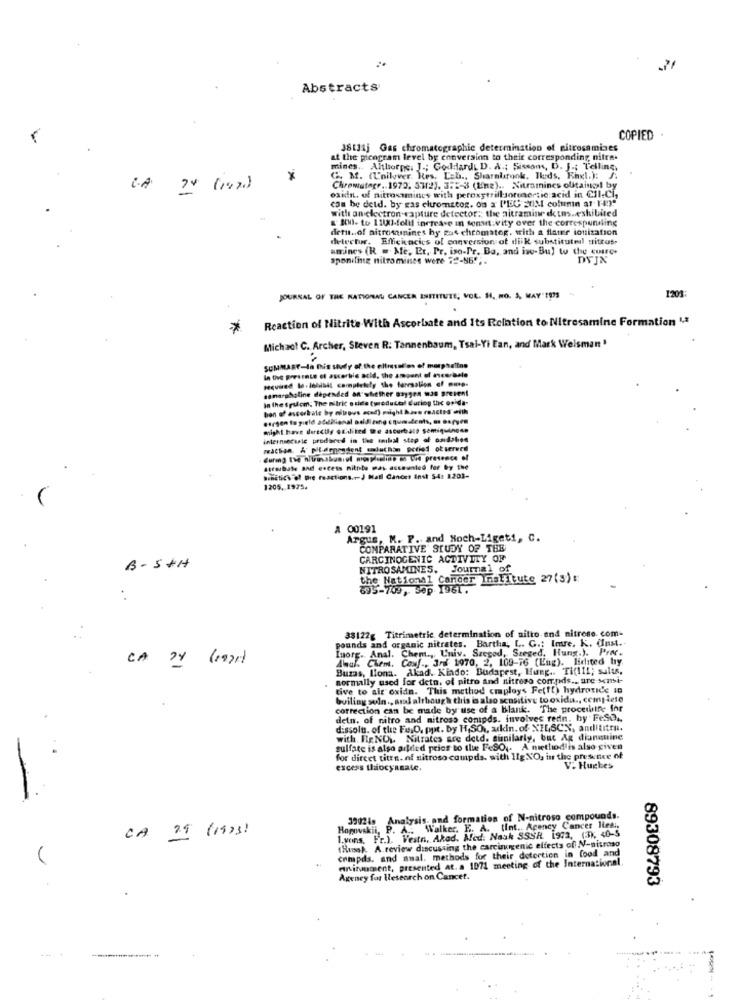
Abstracts
COPIED
38131j Gas chromatographic determination of nitrosamines
at the picogram level by conversion to their corresponding, nifre-
mines. Althorne: J .; Goddard D. A .; Siscom, D. J .; Telling,
G. M. (Unilever, Kes. Lab ., Sharmbrook, Ileds. Engl.): A.
C.A. 24 (142)
Chromategr .. 1972. 31/2). 3.2-3 (Una) .. Nitramines olitaing l by
can be deld. by gas chromatog. on x I'EC JIM column at Ter"
osin. of nitrosamines with peroxytrillsonvortic acid in Cll.Ci,
with an electron capture detector :; the aitramine detus.eshibited
& BVI- to 1100]-felil increase in sensitivity over the corresponding
detu .. of nitromaines hy gas chromatog. with a flater ionization
delectur. Effickacics of conversion at diik substituteil sittus
amines (R = Me, Et, Pr. iso-Pr. Ba, and ine-Bu) to the cure.
sponiling nitromines were 72-86" ;.
DEJN
1201
JOURNAL OF THE NATIONAL CANCER INITITUTE, VOL. H. NO. A, MAY'1IS -
Reaction of Nitrite With Ascorbate and Its Relation to Nitrosamine Formation 1,2
*
Michael C. Archer, Steven R: Tannenbaum, Tsal-Yi Fan, and Mark Weisman'
SUMMARY-In this study of the elfresol os of morphelins
required to. lolsibil completely the ferrsalion of muse-
In the presence of ascorbic acid, the amount of meerale
somaraboline depended an whether saygen was present
in the spacm; The nitric s side (produced during the orida-
bon ef ascorbate by nitrous aced) might have reactes with
might have derectly ofilited the asturbato semiquinone
internecaric produced in thee mnilal step of ouidohod
machan. & pit-denegrient enluchan period of served
during the n/trussboniof monplicline as ord presence of
ascorbate and escess nitnte may astaunted for by the
Benetich of Die reactions ..- J Hatl Cancer Inst 54: 1201-
1205, 1975.
00191
Argus, M. P. and Noch-Ligeti, C.
COMPARATIVE STUDY OF THE
CARCINOGENIC ACTIVITY OF
B- SAH
NITROSAMINES. Journal of
the National Cancer Institute 27(3):
895-709, Sep 1961.
:
38122g Titrimetric determination of nitto end nitroso com-
pounds and organic nitrates. Bartha, L. G .: Imre. K. dust .-
Inorg. Anal. Chem ., Univ. Szeged, Szeged, Hung.). PriV.
Ahol. Chem. Coul .. 3rd 1970, 2, 109-76 (Eng). lidited by
Buzas, Ilona. Akad. Kiado: Budapest, Hung .. Ti(lii; salts,
normally used for detn, of nitro and nitreso compds .. are sensi-
tive to air oxidn. This method employs Fe(ft) hydroxide 10
builing soln ., and although this is also scositive to oxidu ., complete
correction can be made by use of a Blank. The procething for
detn. of nitro and nitross conipds. involves redn, hy FeSO ..
dissolu. of the FuiO, put. by H,SOL, arkin. of. XILSCX, andititre.
with. Fr.NOW. Nitrates are detd. sunilarly, but Ag dianuine
sulfate is also arded prior to the FeSO ,. A method is also given
for direct titre. of nitroso compds. with Ig NO, in the presence of
excess thiocyanate.
V. Hughes
39024s Analysis, and formation of N-nitroso compounds.
CA 29 (19)3)
Hopowskii, P.
Walker. E. A. (Int .. Agency Cancer lies ..
1.vons. Fr.). Vestn, Akad. Med. Nauk SSSR 1972, (3), 40-5
compds. and amal. methods for their detertion in food and
tHinol. A.review discussing the carcinogenic effects of N-nitroso
Aringument, presented at. a 1071 meeting of the International.
Ageney for Research on Cancet.
89308793